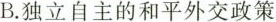
B.独立自主的和平外交政策